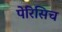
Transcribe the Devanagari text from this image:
पेरिसिच